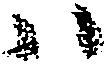
ハ